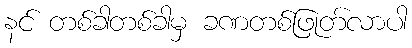
နင် တစ်ခါတစ်ခါမှ ခဏတစ်ဖြုတ်လာပါ